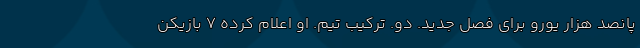
پانصد هزار یورو برای فصل جدید. دو. ترکیب تیم. او اعلام کرده 7 بازیکن